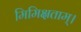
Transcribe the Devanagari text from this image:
मिमिक्षताम्।